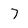
Character: 7